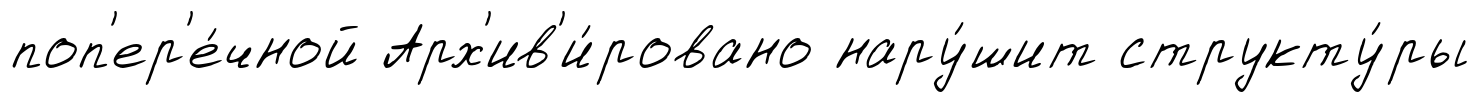
поп'ер'е́чной Арх'ив'и́ровано нару́шит структу́ры